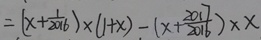
= ( x + \frac { 1 } { 2 0 1 6 } ) \times ( 1 + x ) - ( x + \frac { 2 0 1 7 } { 2 0 1 6 } ) \times x